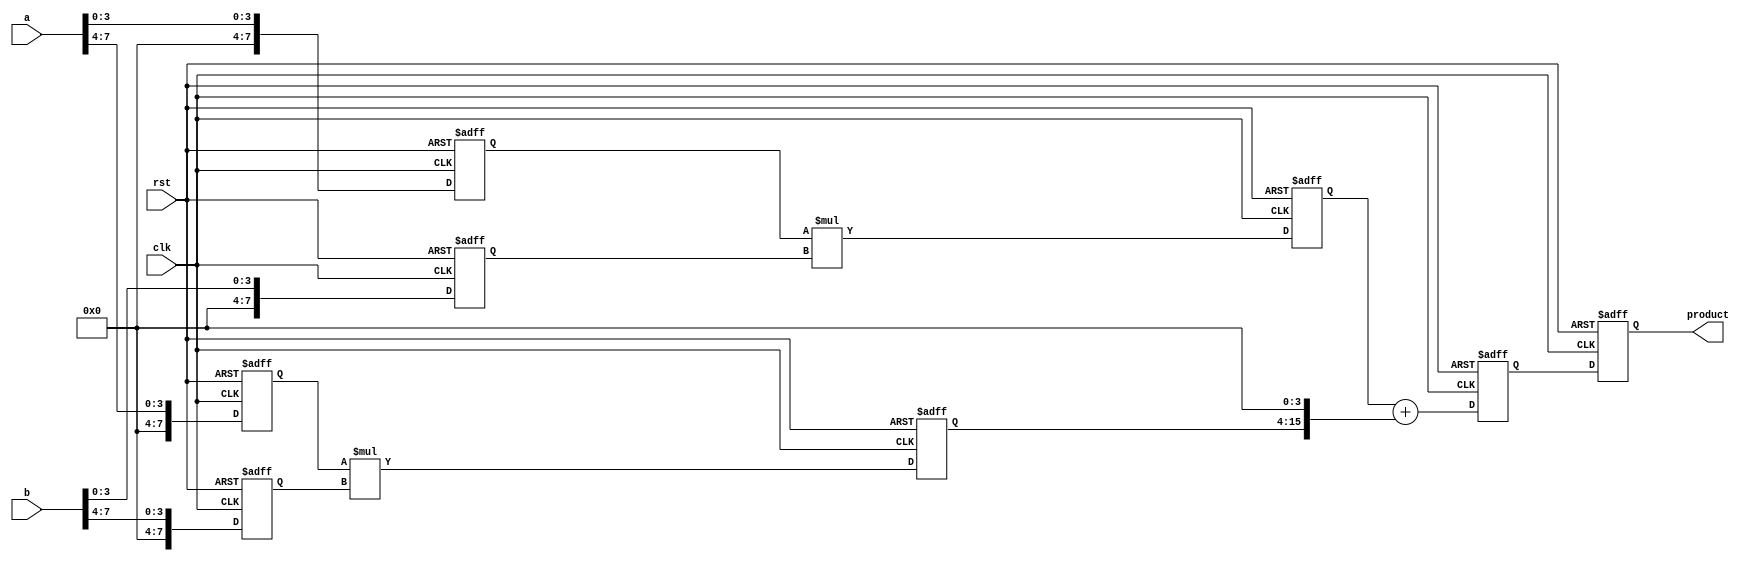
module pipelined_sliced_multiplier (
    input clk,
    input rst,
    input [7:0] a, // First operand
    input [7:0] b, // Second operand
    output reg [15:0] product // Output product
);

    // Internal signals for pipeline stages
    reg [7:0] a_slice_0, a_slice_1;
    reg [7:0] b_slice_0, b_slice_1;
    reg [15:0] partial_product_0, partial_product_1;
    reg [15:0] sum_stage_0, sum_stage_1;
    
    // Stage 1: Partial Product Generation
    always @(posedge clk or posedge rst) begin
        if (rst) begin
            a_slice_0 <= 0;
            a_slice_1 <= 0;
            b_slice_0 <= 0;
            b_slice_1 <= 0;
            partial_product_0 <= 0;
            partial_product_1 <= 0;
        end else begin
            a_slice_0 <= a[3:0]; // Lower 4 bits
            a_slice_1 <= a[7:4]; // Upper 4 bits
            b_slice_0 <= b[3:0]; // Lower 4 bits
            b_slice_1 <= b[7:4]; // Upper 4 bits
            
            // Generate partial products
            partial_product_0 <= a_slice_0 * b_slice_0; // P0 = A0 * B0
            partial_product_1 <= a_slice_1 * b_slice_1; // P1 = A1 * B1
        end
    end

    // Stage 2: Accumulation
    always @(posedge clk or posedge rst) begin
        if (rst) begin
            sum_stage_0 <= 0;
            sum_stage_1 <= 0;
        end else begin
            // Accumulate partial products
            sum_stage_0 <= partial_product_0 + (partial_product_1 << 4); // Shift P1 left by 4 bits
        end
    end

    // Final Output Stage
    always @(posedge clk or posedge rst) begin
        if (rst) begin
            product <= 0;
        end else begin
            product <= sum_stage_0; // Output the final product
        end
    end

endmodule